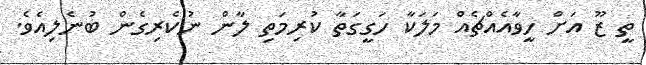
ތީ ޒޫ އަށް ހީވާއެއްޗެއް މަލަކާ ހަގީގަތާ ކުރިމަތި ލާން ނުކެރިގެން ބުނެލިއެވެ.